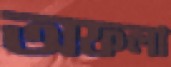
অফলা